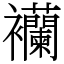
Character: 襽